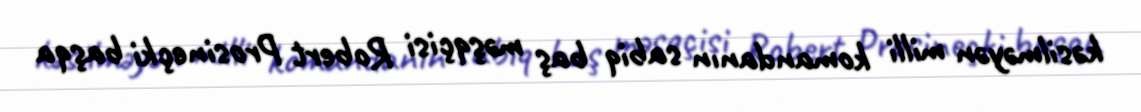
kəsilməyən milli komandanın sabiq baş məşqçisi Robert Prosineçki başqa